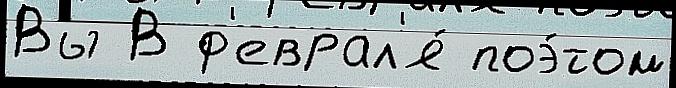
Вы В ф'еврал'я́ поэ́том